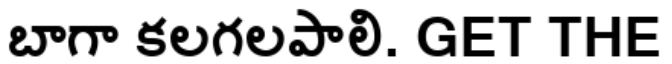
బాగా కలగలపాలి. GET THE